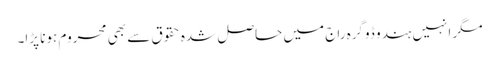
مگر انہیں ہندو ڈوگرہ راج میں حاصل شدہ حقوق سے بھی محروم ہونا پڑا۔